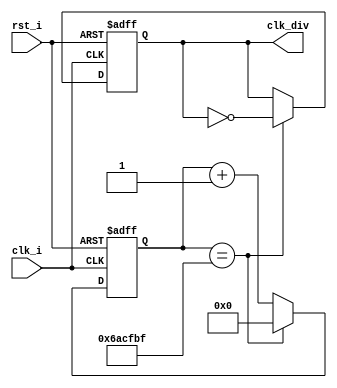
module freq_div(
	input					clk_i,
	input					rst_i,
	output	reg		clk_div
);

	reg	[31:0] 	count;
	
	always @(posedge clk_i, negedge rst_i)
	begin
		if (!rst_i)
		begin
			count = 32'd0;
			clk_div = 1'b0;
		end
		else
			if (count == 32'd6_999_999)
			begin
				count = 32'd0;
				clk_div = ~clk_div;
			end
			else
				count = count + 1;
	end

endmodule